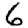
Digit: 6